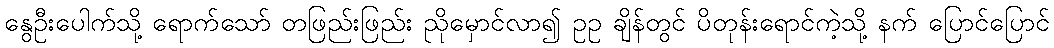
နွေဦးပေါက်သို့ ရောက်သော် တဖြည်းဖြည်း ညိုမှောင်လာ၍ ဥဥ ချိန်တွင် ပိတုန်းရောင်ကဲ့သို့ နက် ပြောင်ပြောင်